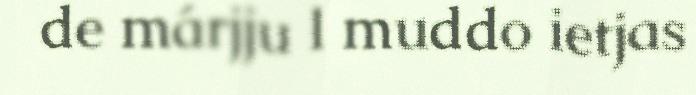
de márjju l muddo ietjas